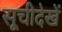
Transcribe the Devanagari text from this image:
सूचीदेखें